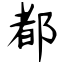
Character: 都